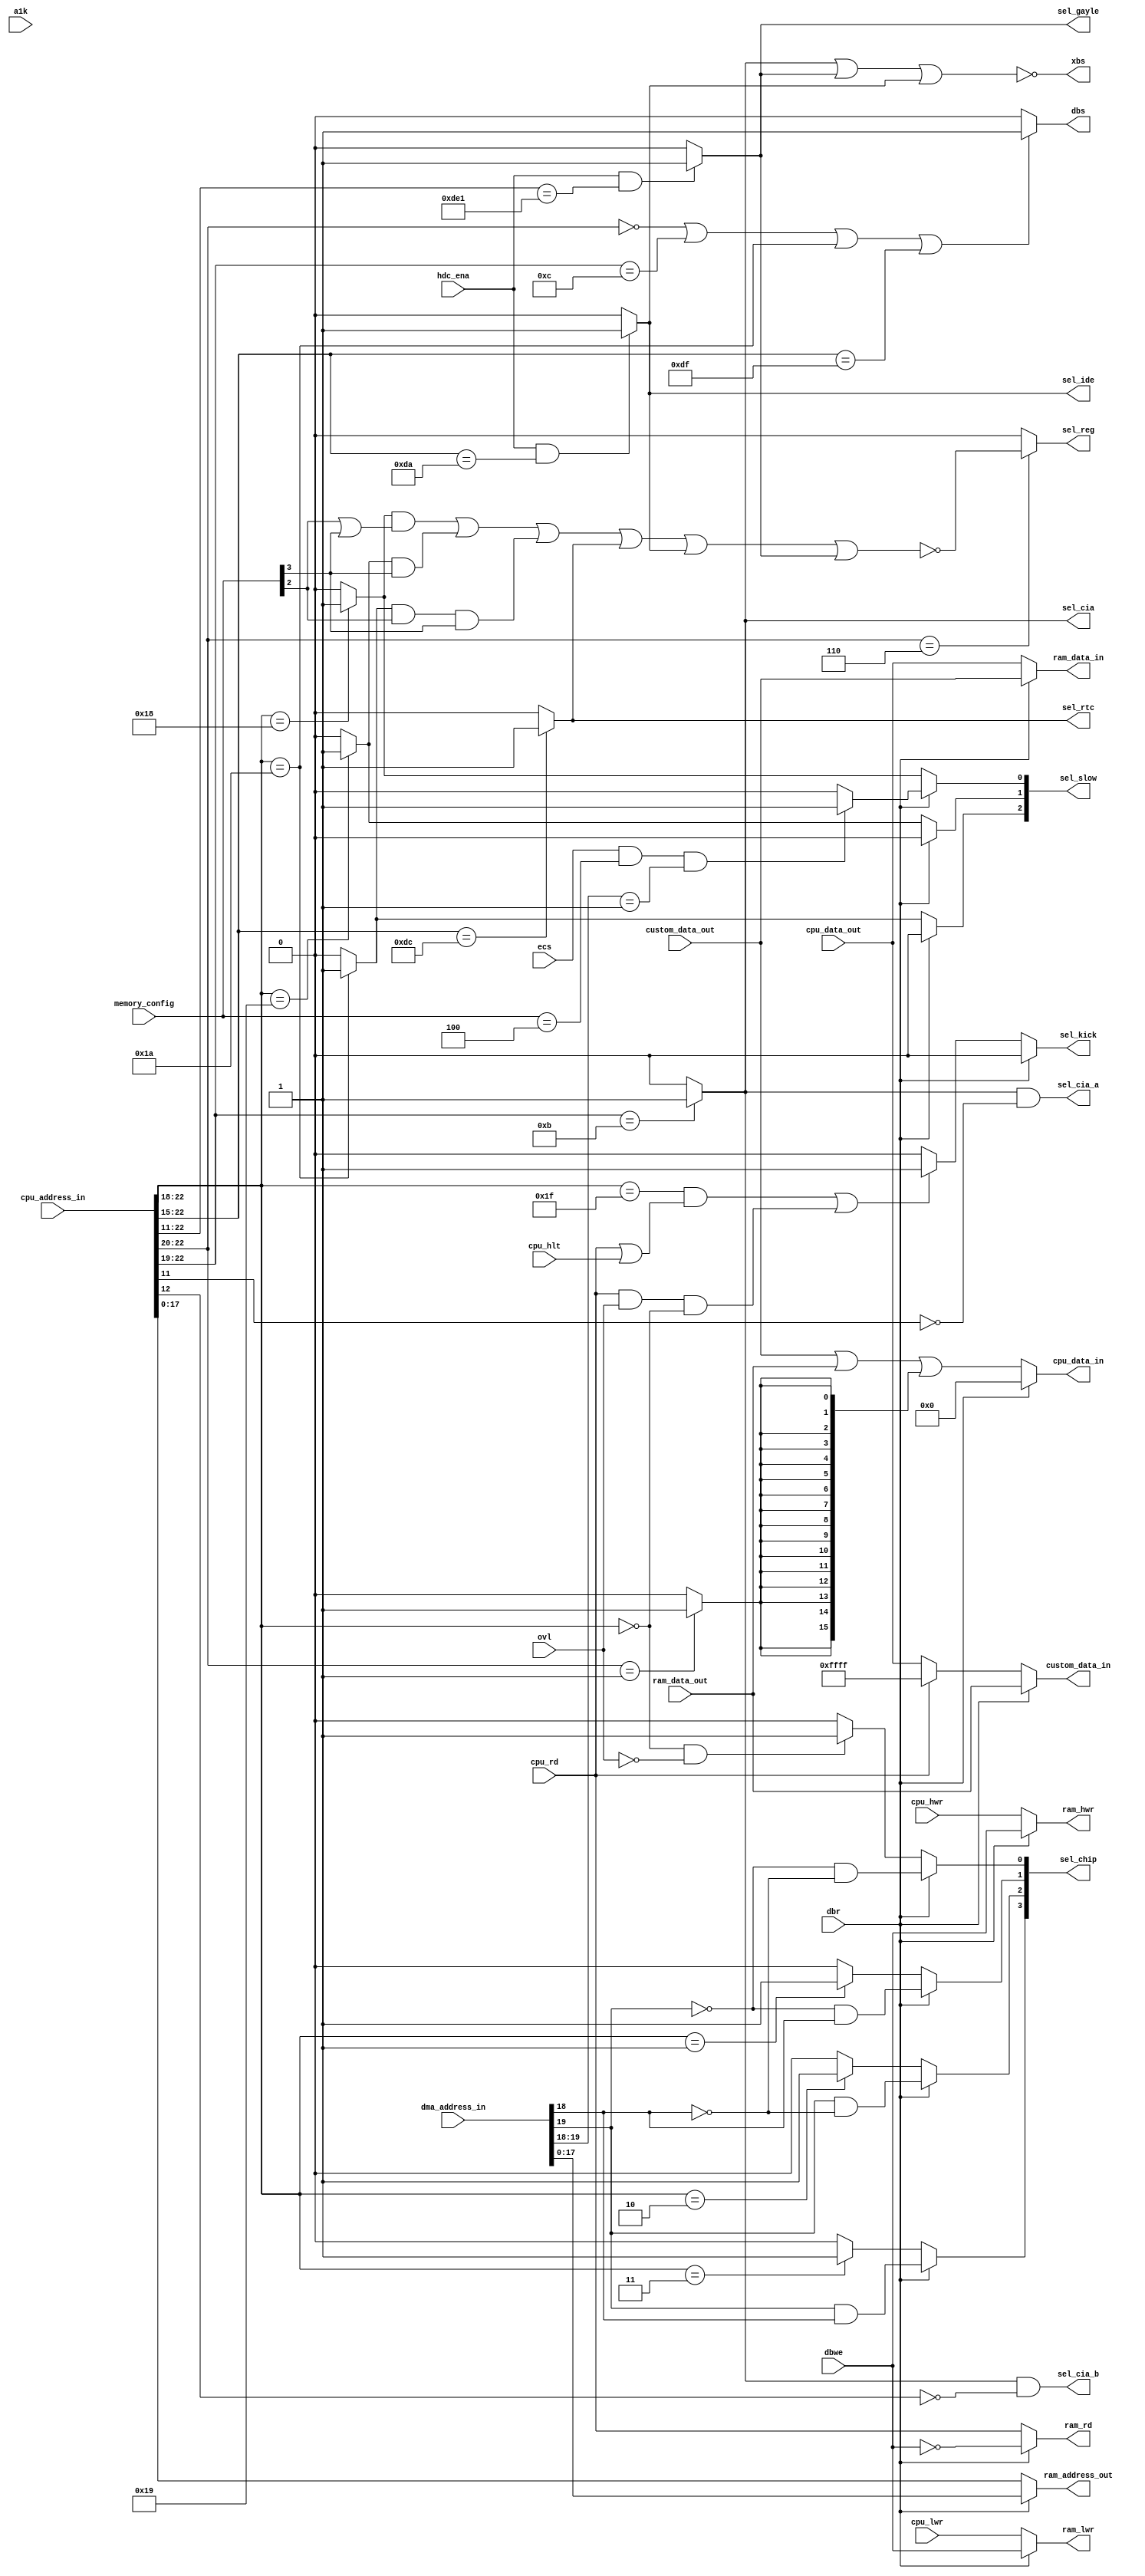
module gary
(
	input 	[23:1] cpu_address_in,	
	input	[20:1] dma_address_in,	
	output	[18:1] ram_address_out, 
	input	[15:0] cpu_data_out,
	output	[15:0] cpu_data_in,
	input	[15:0] custom_data_out,
	output	[15:0] custom_data_in,
	input	[15:0] ram_data_out,
	output	[15:0] ram_data_in,
  input a1k,
	input	cpu_rd,					
	input	cpu_hwr,				
	input	cpu_lwr,				
  input cpu_hlt,
	input	ovl,					
	input	dbr,					
	input	dbwe,					
	output	dbs,					
	output	xbs,					
	input	[3:0] memory_config,	
  input ecs,            
	input	hdc_ena,				
	output	ram_rd,					
	output	ram_hwr,				
	output	ram_lwr,				
	output 	sel_reg,  				
	output 	reg [3:0] sel_chip, 	
	output	reg [2:0] sel_slow,		
	output 	reg sel_kick,		    
	output	sel_cia,				
	output 	sel_cia_a,				
	output 	sel_cia_b, 				
	output	sel_rtc,				
	output	sel_ide,				
	output	sel_gayle				
);
wire	[2:0] t_sel_slow;
wire	sel_xram;
wire	sel_bank_1; 				
assign ram_data_in = dbr ? custom_data_out : cpu_data_out;
assign custom_data_in = dbr ? ram_data_out : cpu_rd ? 16'hFFFF : cpu_data_out;
assign cpu_data_in = dbr ? 16'h00_00 : custom_data_out | ram_data_out | {16{sel_bank_1}};
assign ram_rd  = dbr ? ~dbwe : cpu_rd;
assign ram_hwr = dbr ?  dbwe : cpu_hwr;
assign ram_lwr = dbr ?  dbwe : cpu_lwr;
assign ram_address_out = dbr ? dma_address_in[18:1] : cpu_address_in[18:1];
always @(*)
begin
	if (dbr)
	begin
		sel_chip[0] = ~dma_address_in[20] & ~dma_address_in[19];
		sel_chip[1] = ~dma_address_in[20] &  dma_address_in[19];
		sel_chip[2] =  dma_address_in[20] & ~dma_address_in[19];
		sel_chip[3] =  dma_address_in[20] &  dma_address_in[19];
		sel_slow[0] = ( ecs && memory_config==4'b0100 && dma_address_in[20:19]==2'b01) ? 1'b1 : 1'b0;
		sel_slow[1] = 1'b0;
		sel_slow[2] = 1'b0;
		sel_kick    = 1'b0;
	end
	else
	begin
		sel_chip[0] = cpu_address_in[23:19]==5'b0000_0 && !ovl ? 1'b1 : 1'b0;
		sel_chip[1] = cpu_address_in[23:19]==5'b0000_1 ? 1'b1 : 1'b0;
		sel_chip[2] = cpu_address_in[23:19]==5'b0001_0 ? 1'b1 : 1'b0;
		sel_chip[3] = cpu_address_in[23:19]==5'b0001_1 ? 1'b1 : 1'b0;
		sel_slow[0] = t_sel_slow[0];
		sel_slow[1] = t_sel_slow[1];
		sel_slow[2] = t_sel_slow[2];
		sel_kick    = (cpu_address_in[23:19]==5'b1111_1 && (cpu_rd || cpu_hlt)) || (cpu_rd && ovl && cpu_address_in[23:19]==5'b0000_0) ? 1'b1 : 1'b0; 
	end
end
assign t_sel_slow[0] = cpu_address_in[23:19]==5'b1100_0 ? 1'b1 : 1'b0; 
assign t_sel_slow[1] = cpu_address_in[23:19]==5'b1100_1 ? 1'b1 : 1'b0; 
assign t_sel_slow[2] = cpu_address_in[23:19]==5'b1101_0 ? 1'b1 : 1'b0; 
assign sel_xram = ((t_sel_slow[0] & (memory_config[2] | memory_config[3]))
        | (t_sel_slow[1] & memory_config[3])
        | (t_sel_slow[2] & memory_config[2] & memory_config[3]));
assign sel_ide = hdc_ena && cpu_address_in[23:16]==8'b1101_1010 ? 1'b1 : 1'b0;		
assign sel_gayle = hdc_ena && cpu_address_in[23:12]==12'b1101_1110_0001 ? 1'b1 : 1'b0;		
assign sel_rtc = (cpu_address_in[23:16]==8'b1101_1100) ? 1'b1 : 1'b0;   
assign sel_reg = cpu_address_in[23:21]==3'b110 ? ~(sel_xram | sel_rtc | sel_ide | sel_gayle) : 1'b0;		
assign sel_cia = cpu_address_in[23:20]==4'b1011 ? 1'b1 : 1'b0;
assign sel_cia_a = sel_cia & ~cpu_address_in[12];
assign sel_cia_b = sel_cia & ~cpu_address_in[13];
assign sel_bank_1 = cpu_address_in[23:21]==3'b001 ? 1'b1 : 1'b0;
assign dbs = cpu_address_in[23:21]==3'b000 || cpu_address_in[23:20]==4'b1100 || cpu_address_in[23:19]==5'b1101_0 || cpu_address_in[23:16]==8'b1101_1111 ? 1'b1 : 1'b0;
assign xbs = ~(sel_cia | sel_gayle | sel_ide);
endmodule